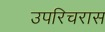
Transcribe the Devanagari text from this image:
उपरिचरास